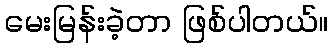
မေးမြန်းခဲ့တာ ဖြစ်ပါတယ်။